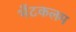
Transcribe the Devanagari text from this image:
भेंटकलम